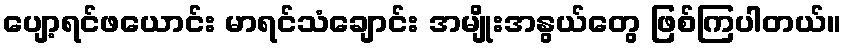
ပျော့ရင်ဖယောင်း မာရင်သံချောင်း အမျိုးအနွယ်တွေ ဖြစ်ကြပါတယ်။